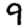
Digit: 9